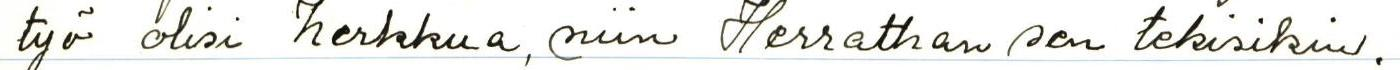
työ olisi herkkua, niin Herrathan sen tekisikin.